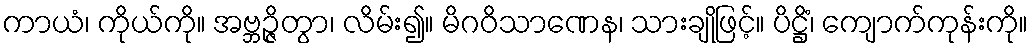
ကာယံ၊ ကိုယ်ကို။ အဗ္ဘဉ္ဇိတွာ၊ လိမ်း၍။ မိဂဝိသာဏေန၊ သားချိုဖြင့်။ ပိဋ္ဌိံ၊ ကျောက်ကုန်းကို။